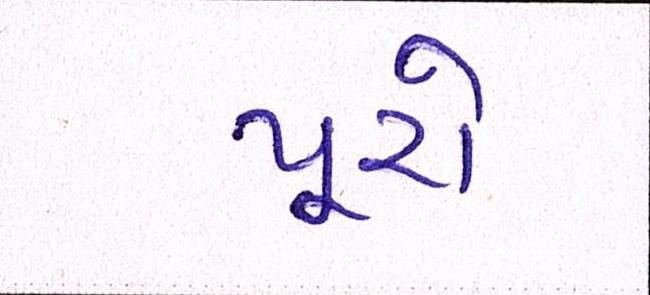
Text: પૂરો